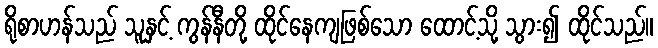
ရိုစာဟန်သည် သူနှင့် ကွန်နီတို့ ထိုင်နေကျဖြစ်သော ထောင့်သို့ သွား၍ ထိုင်သည်။